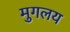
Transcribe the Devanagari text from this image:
मुगलय